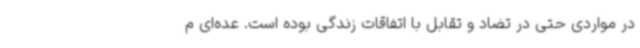
در مواردی حتی در تضاد و تقابل با اتفاقات زندگی بوده است. عده‌ای م